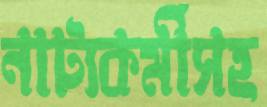
নাট্যকর্মীসহ